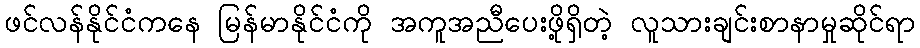
ဖင်လန်နိုင်ငံကနေ မြန်မာနိုင်ငံကို အကူအညီပေးဖို့ရှိတဲ့ လူသားချင်းစာနာမှုဆိုင်ရာ